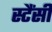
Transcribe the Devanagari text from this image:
स्टैंसी